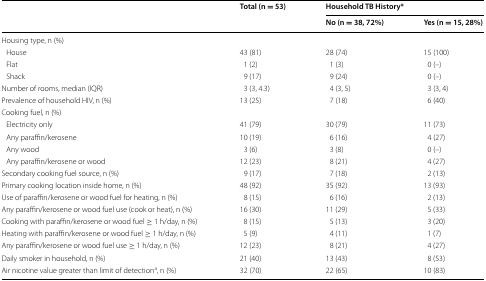
| <ROWSPAN=2>  | <ROWSPAN=2> Total (n = 53) | <COLSPAN=2> Household TB History* |
 | No (n = 38, 72%) | Yes (n = 15, 28%) |
 | --- | --- | --- | --- |
 | <COLSPAN=4> Housing type, n (%) |
 | House | 43 (81) | 28 (74) | 15 (100) |
 | Flat | 1 (2) | 1 (3) | 0 (–) |
 | Shack | 9 (17) | 9 (24) | 0 (–) |
 | Number of rooms, median (IQR) | 3 (3, 4.3) | 4 (3, 5) | 3 (3, 4) |
 | Prevalence of household HIV, n (%) | 13 (25) | 7 (18) | 6 (40) |
 | <COLSPAN=4> Cooking fuel, n (%) |
 | Electricity only | 41 (79) | 30 (79) | 11 (73) |
 | Any paraffin/kerosene | 10 (19) | 6 (16) | 4 (27) |
 | Any wood | 3 (6) | 3 (8) | 0 (–) |
 | Any paraffin/kerosene or wood | 12 (23) | 8 (21) | 4 (27) |
 | Secondary cooking fuel source, n (%) | 9 (17) | 7 (18) | 2 (13) |
 | Primary cooking location inside home, n (%) | 48 (92) | 35 (92) | 13 (93) |
 | Use of paraffin/kerosene or wood fuel for heating, n (%) | 8 (15) | 6 (16) | 2 (13) |
 | Any paraffin/kerosene or wood fuel use (cook or heat), n (%) | 16 (30) | 11 (29) | 5 (33) |
 | Cooking with paraffin/kerosene or wood fuel ≥ 1 h/day, n (%) | 8 (15) | 5 (13) | 3 (20) |
 | Heating with paraffin/kerosene or wood fuel ≥ 1 h/day, n (%) | 5 (9) | 4 (11) | 1 (7) |
 | Any paraffin/kerosene or wood fuel use ≥ 1 h/day, n (%) | 12 (23) | 8 (21) | 4 (27) |
 | Daily smoker in household, n (%) | 21 (40) | 13 (43) | 8 (53) |
 | Air nicotine value greater than limit of detectiona, n (%) | 32 (70) | 22 (65) | 10 (83) |